Punjab Mental Hospital Lahore 1922-31 - 1922-1931
Year: 1922
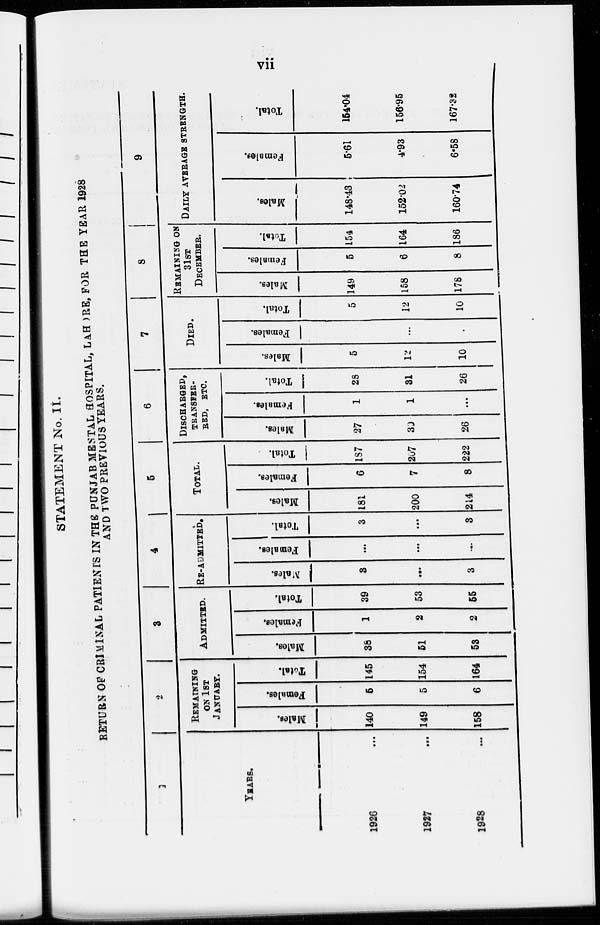
vii
STATEMENT No. II.
RETURN OF CRIMINAL PATIENTS IN THE PUNJAB MENTAL HOSPITAL, LAHORE, FOR THE YEAR 1928
AND TWO PREVIOUS YEARS.
1
YEARS.
1926 ...
1927
...
1928
...
2
REMAINING
ON 1ST
JANUARY.
Males.
140
149
158
Females.
5
5
6
Total.
145
154
164
3
ADMITTED.
Males.
38
51
53
Females.
1
2
2
Total.
39
53
55
4
RE-ADMITTED.
Males.
3
...
3
Females.
...
...
...
Total.
3
...
3
5
TOTAL.
Males.
181
200
214
Females.
6
7
8
Total.
187
207
222
6
DISCHARDED,
TRANSFER-
RED, ETC.
Males.
27
30
26
Females.
1
1
...
Total.
28
31
26
7
DIED.
Males.
5
12
10
Females.
...
...
...
Total.
5
12
10
8
REMAINING ON
31ST
DECEMBER.
Males.
149
158
178
Females.
5
6
8
Total.
154
164
186
9
DAILY AVERAGE STRENGTH.
Males.
148.43
152.02
160.74
Females.
5.61
4.93
6.58
Total.
154.04
156.95
167.32